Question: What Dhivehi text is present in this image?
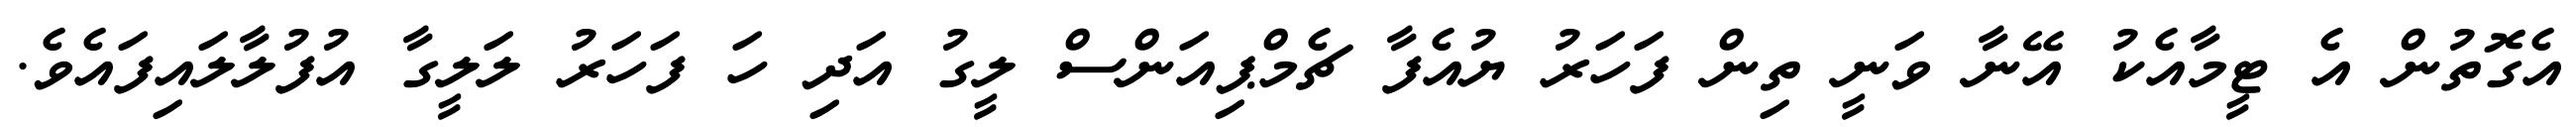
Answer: އެގޮތުން އެ ޓީމާއެކު އޭނާ ވަނީ ތިން ފަހަރު ޔުއެފާ ޗެމްޕިއަންސް ލީގު އަދި ހަ ފަހަރު ލަލީގާ އުފުލާލައިފައެވެ.